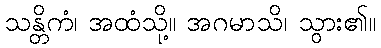
သန္တိကံ၊ အထံသို့။ အဂမာသိ၊ သွား၏။